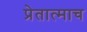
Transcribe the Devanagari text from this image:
प्रेतात्माच